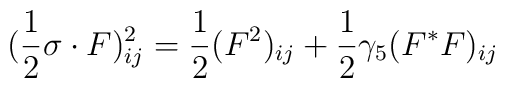
(\frac{1}{2} \sigma \cdot F)^{2}_{ij}=\frac{1}{2}(F^2)_{ij}+\frac{1}{2}\gamma_{5}(F^{*}F)_{ij}